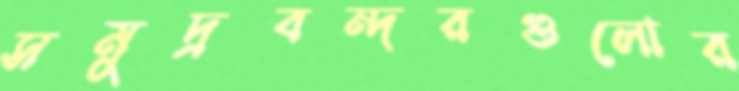
সমুদ্রবন্দরগুলোর